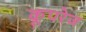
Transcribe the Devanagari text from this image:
कूपरेज